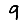
Digit: 9